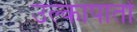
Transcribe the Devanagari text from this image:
उल्कापातों